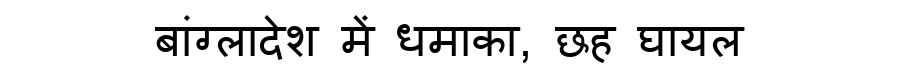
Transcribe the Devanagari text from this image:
बांग्लादेश में धमाका, छह घायल